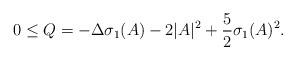
LaTeX: \begin{align*} 0 \leq Q = -\Delta \sigma_1(A) - 2 |A|^2 + \frac{5}{2} \sigma_1(A)^2.\end{align*}